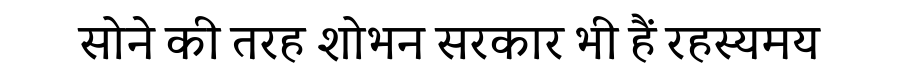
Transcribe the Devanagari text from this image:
सोने की तरह शोभन सरकार भी हैं रहस्यमय